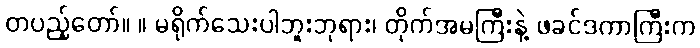
တပည့်တော်။ ။ မရိုက်သေးပါဘူးဘုရား၊ တိုက်အမကြီးနဲ့ ဖခင်ဒကာကြီးက